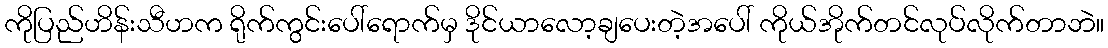
ကိုပြည်ဟိန်းသီဟက ရိုက်ကွင်းပေါ်ရောက်မှ ဒိုင်ယာလော့ချပေးတဲ့အပေါ် ကိုယ်အိုက်တင်လုပ်လိုက်တာဘဲ။